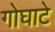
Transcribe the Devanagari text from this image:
गोघाटे